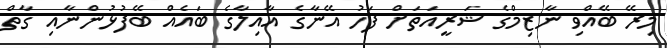
މިރޭ ބޭއްވި ނާޒިމްގެ ޝަރީއަތަށް ފަހު އޭނާގެ އާއިލާގެ ބައެއް ބޭފުޅުންނާއި ގާތް